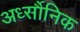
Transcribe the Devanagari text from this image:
अर्ध्सौनिक